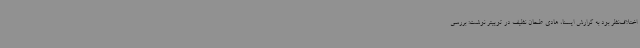
اختلاف‌نظر بود به گزارش ایسنا، هادی طحان نظیف در توییتر نوشت: بررسی